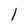
Character: 1